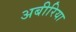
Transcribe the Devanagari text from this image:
अबीरिया